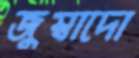
জুম্বাদো